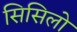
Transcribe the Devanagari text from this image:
सिसिलो